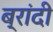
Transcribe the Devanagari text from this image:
ब्रांदी